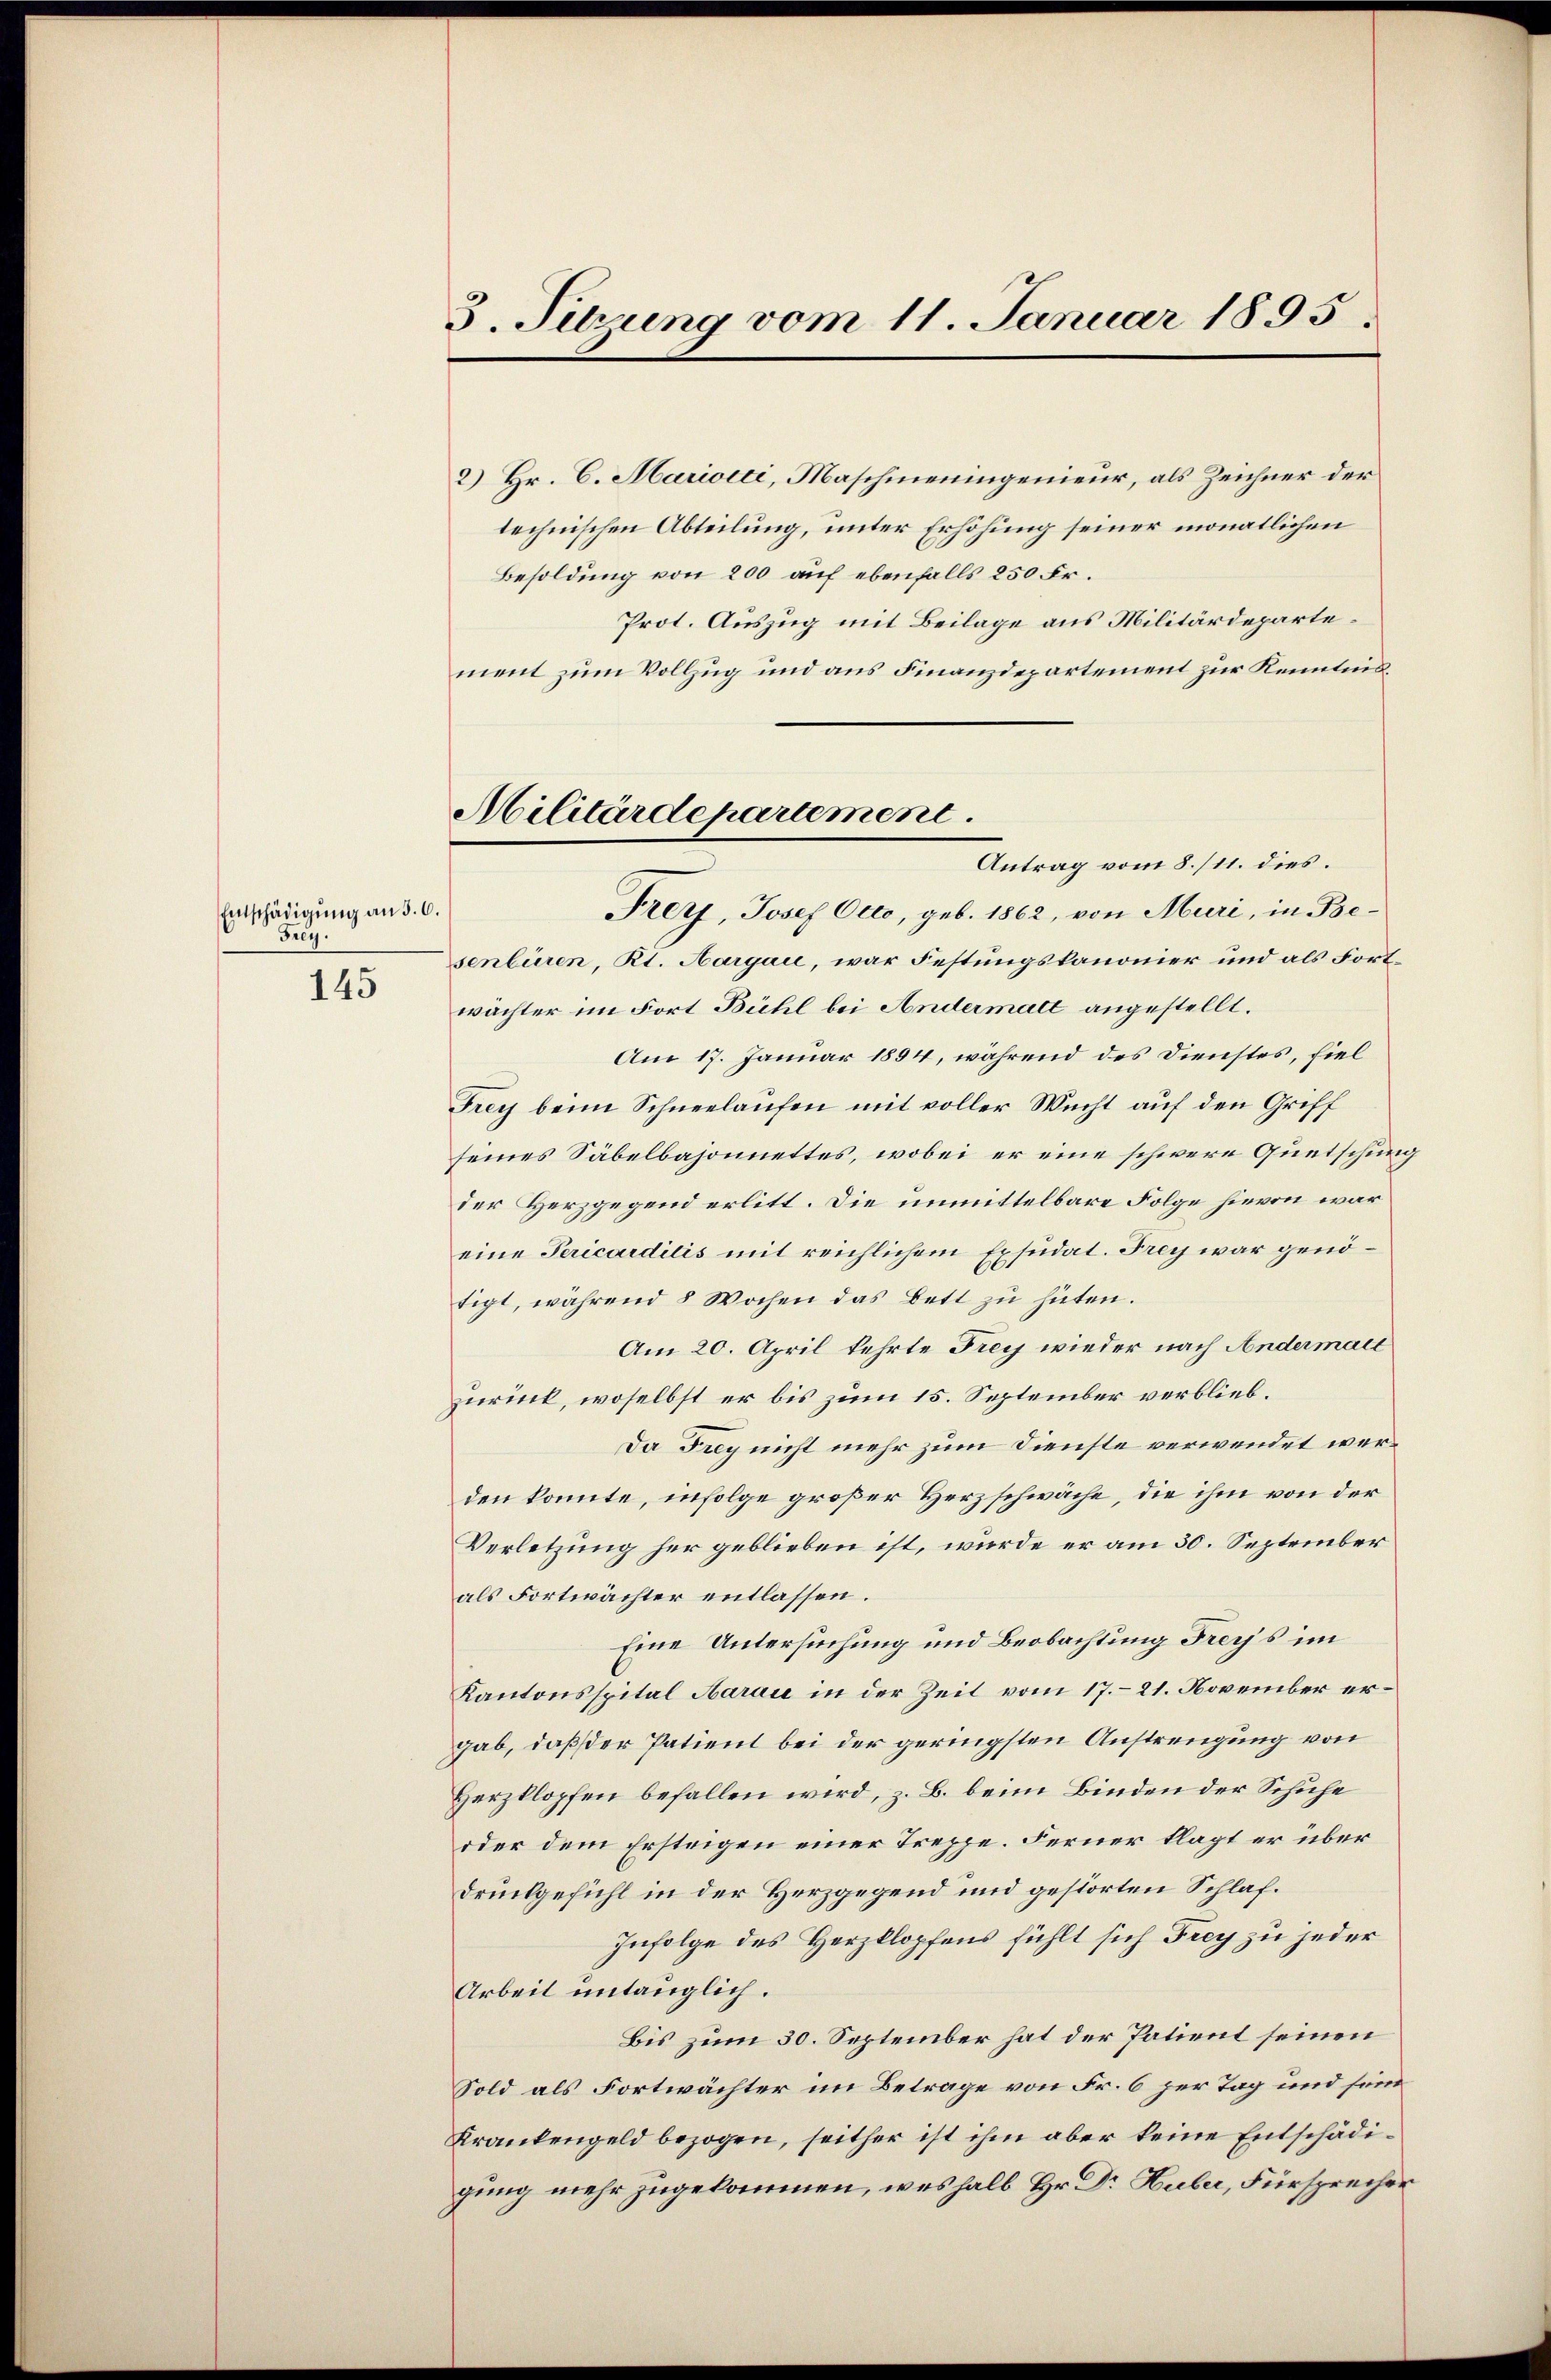
Entschädigung an 5. 6.
Frey.

145

3. Setzung vom 11. Januar 1895.

2) Hr. C. Marioici, Maschineningenieur, als Zeichner der
technischen Abteilung, unter Erhöhung seiner monatlichen
Besoldung von 200 auf ebenfalls 250 Fr.
Prot. Auszug mit Beilage aus Militärdepartement zum Vollzug und aus Finanzdepartement zur Kenntnis¬
Antrag vom 8./11. dies.
Frey, Josef Otto, geb. 1862, von Muri, in Besenlüren, Kt. Aargau, war Festungskanonier und als Fortwächter im Fort Bühl bei Andermatt angestellt.
Am 17. Januar 1894, während des Dienstes, fiel
Frey beim Schneelaufen mit voller Wucht auf den Griff
seines Säbelbajonettes, wobei er eine schwere Quetschung
der Herzgegend erlitt. Die unmittelbare Folge hievon war
eine Pericardilis mit reichlichem Exsudat. Frey war genötigt, während 8 Wochen das Bett zu hüten.
Am 20. April kehrte Frey wieder nach Andermale
zurück, woselbst er bis zum 15. September verblieb¬
Da Frey nicht mehr zum Dienste verwendet werden konnte, infolge großer Herzschwäche, die ihm von der
Verletzung her geblieben ist, wurde er am 30. September
als Fortwächter entlassen.
Eine Untersuchung und Beobachtung Freys im
Kantonsspital Aarau in der Zeit vom 17.–21. November ergab, daß der Patient bei der geringsten Anstrengung von
Herzklopfen befallen wird, z. B. beim Binden der Schuhe
oder dem Ersteigen einer Treppe. Ferner klagt er über
Drückgefühl in der Herzgegend und gestörten Schlaf¬
Infolge des Herzklopfens fühlt sich Frey zu jeder
Arbeit untauglich.
Bis zum 30. September hat der Patient seinen
Sold als Fortwächter im Betrage von Fr. 6 zur Tag und sein
Krankengeld bezogen, seither ist ihm aber keine Entschädigung mehr zugekommen, weshalb Hr. Dr Huber, Fürsprecher

Militärdepartement